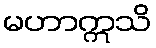
မဟာဣသိ